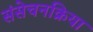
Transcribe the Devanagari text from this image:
संसेचनक्रिया